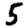
Digit: 5